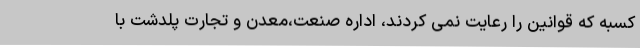
کسبه که قوانین را رعایت نمی کردند، اداره صنعت،معدن و تجارت پلدشت با